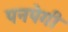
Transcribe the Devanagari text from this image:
पनपेगी